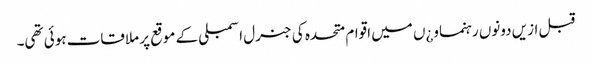
قبل ازیں دونوں رہنماو¿ں میں اقوام متحدہ کی جنرل اسمبلی کے موقع پر ملاقات ہوئی تھی۔